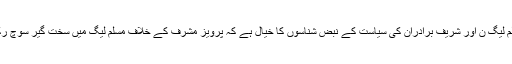
بات پرویز مشرف سے سیاسی انتقام کی ہو رہی تھی، مسلم لیگ ن اور شریف برادران کی سیاست کے نبض شناسوں کا خیال ہے کہ پرویز مشرف کے خلاف مسلم لیگ میں سخت گیر سوچ رکھنے والے گروپ میں بڑے میاں صاحب بھی شامل ہیں۔